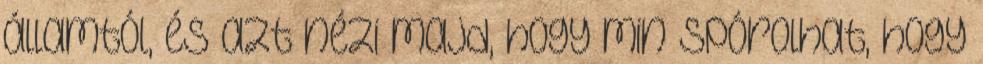
államtól, és azt nézi majd, hogy min spórolhat, hogy